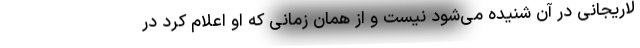
لاریجانی در آن شنیده می‌شود نیست و از همان زمانی که او اعلام کرد در